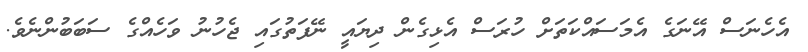
އެހެނަސް އޭނަގެ އެމަސައްކަތަށް ހުރަސް އެޅިގެން ދިޔައީ ނޭފަތުގައި ޖެހުނު ވަހެއްގެ ސަބަބުންނެވެ.